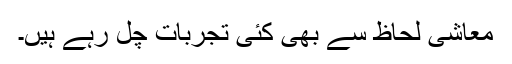
معاشی لحاظ سے بھی کئی تجربات چل رہے ہیں۔